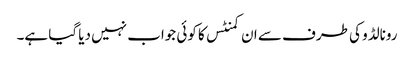
رونالڈو کی طرف سے ان کمنٹس کا کوئی جواب نہیں دیا گیا ہے۔